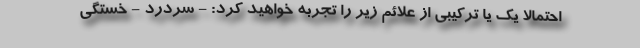
احتمالا یک یا ترکیبی از علائم زیر را تجربه خواهید کرد: - سردرد - خستگی